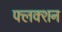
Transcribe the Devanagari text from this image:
फ्लक्शन